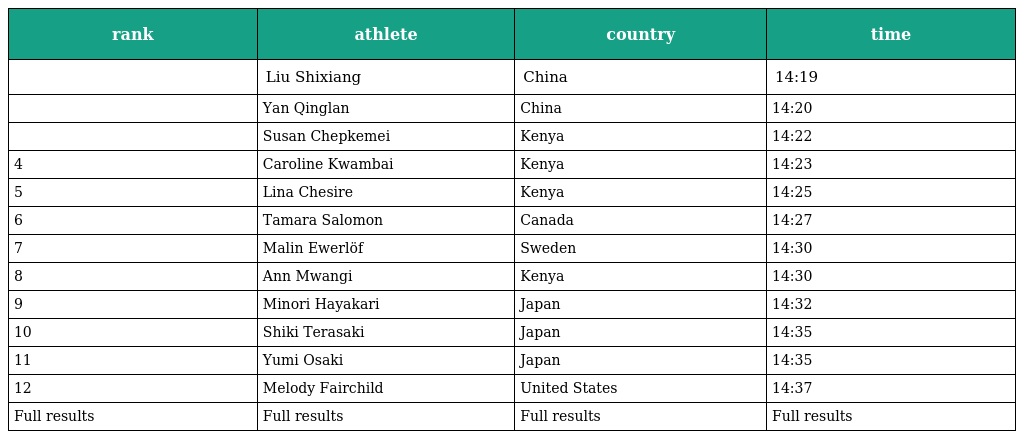
| rank | athlete | country | time |
 | --- | --- | --- | --- |
 |  | Liu Shixiang | China | 14:19 |
 |  | Yan Qinglan | China | 14:20 |
 |  | Susan Chepkemei | Kenya | 14:22 |
 | 4 | Caroline Kwambai | Kenya | 14:23 |
 | 5 | Lina Chesire | Kenya | 14:25 |
 | 6 | Tamara Salomon | Canada | 14:27 |
 | 7 | Malin Ewerlöf | Sweden | 14:30 |
 | 8 | Ann Mwangi | Kenya | 14:30 |
 | 9 | Minori Hayakari | Japan | 14:32 |
 | 10 | Shiki Terasaki | Japan | 14:35 |
 | 11 | Yumi Osaki | Japan | 14:35 |
 | 12 | Melody Fairchild | United States | 14:37 |
 | Full results | Full results | Full results | Full results |